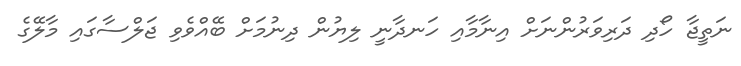
ނަތީޖާ ހޯދި ދަރިވަރުންނަށް އިނާމާއި ހަނދާނީ ލިޔުން ދިނުމަށް ބޭއްވެވި ޖަލްސާގައި މާލޭގެ